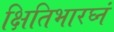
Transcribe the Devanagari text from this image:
क्षितिभारघ्नं